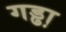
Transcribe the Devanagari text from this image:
गड्ढा़